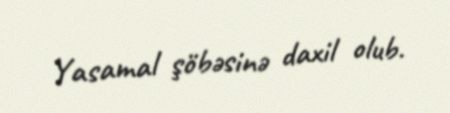
Yasamal şöbəsinə daxil olub.